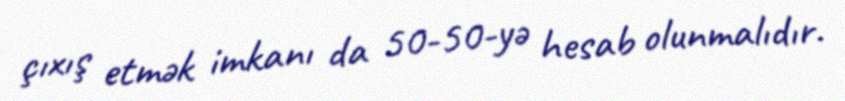
çıxış etmək imkanı da 50-50-yə hesab olunmalıdır.